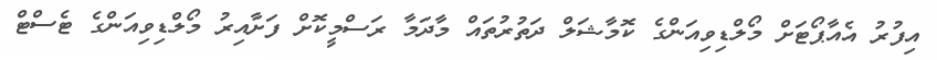
އިފުރު އެއާޕޯޓަށް މޯލްޑިވިއަންގެ ކޮމާޝަލް ދަތުރުތައް މާދަމާ ރަސްމީކޮށް ފަށާއިރު މޯލްޑިވިއަންގެ ޓެސްޓް